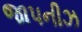
જાપનીઝ